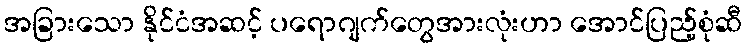
အခြားသော နိုင်ငံအဆင့် ပရောဂျက်တွေအားလုံးဟာ အောင်ပြည့်စုံဆီ